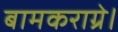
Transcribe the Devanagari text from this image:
बामकराग्रे।